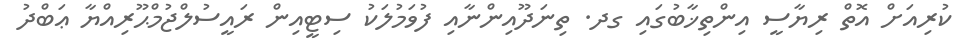
ކުރިއަށް އޮތް ރިޔާސީ އިންތިޚާބުގައި ގދ. ތިނަދޫއިންނާއި ފުވަމުލަކު ސިޓީއިން ރައީސުލްޖުމްޙޫރިއްޔާ ޢަބްދު